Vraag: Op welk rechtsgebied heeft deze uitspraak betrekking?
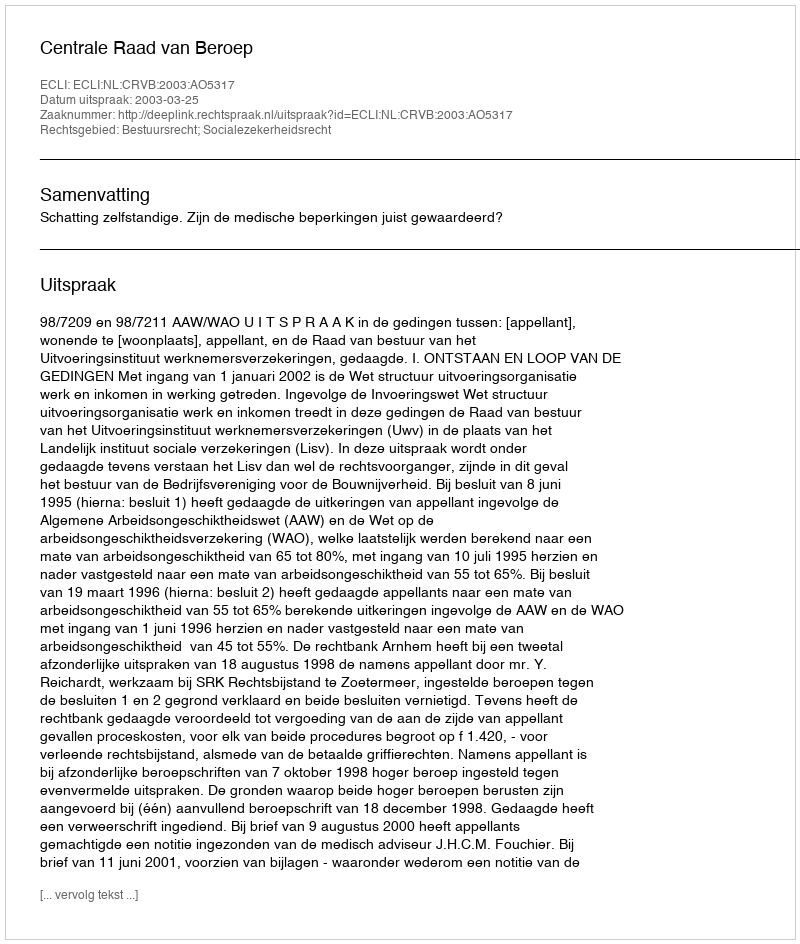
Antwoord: Bestuursrecht; Socialezekerheidsrecht